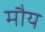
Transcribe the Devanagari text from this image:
मौय